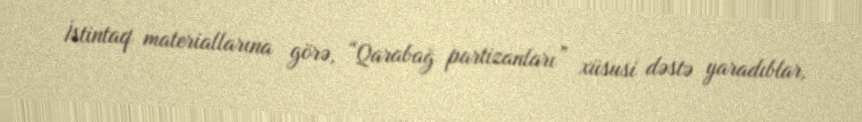
İstintaq materiallarına görə, “Qarabağ partizanları” xüsusi dəstə yaradıblar,